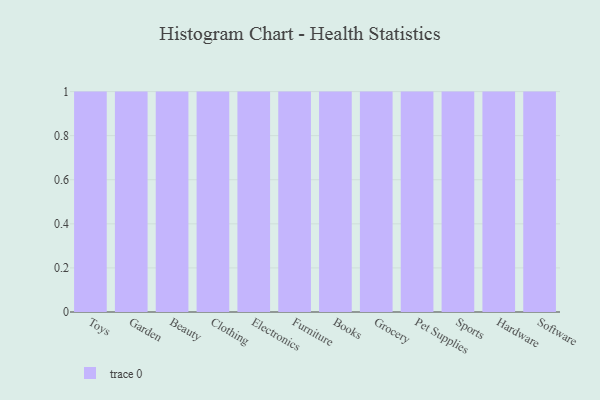
{"axis": {"x": "Category", "y": "Tickets Resolved"}, "legend": [""], "data": [{"x": "Toys", "y": 35, "type": ""}, {"x": "Garden", "y": 3, "type": ""}, {"x": "Beauty", "y": 8, "type": ""}, {"x": "Clothing", "y": 10, "type": ""}, {"x": "Electronics", "y": 21, "type": ""}, {"x": "Furniture", "y": 71, "type": ""}, {"x": "Books", "y": 45, "type": ""}, {"x": "Grocery", "y": 14, "type": ""}, {"x": "Pet Supplies", "y": 33, "type": ""}, {"x": "Sports", "y": 51, "type": ""}, {"x": "Hardware", "y": 49, "type": ""}, {"x": "Software", "y": 83, "type": ""}]}